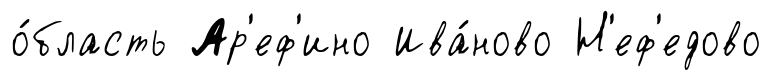
о́бласть Ар'еф'ино Ива́ново Н'еф'едово